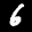
Label: 6